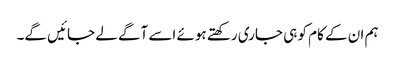
ہم ان کے کام کو ہی جاری رکھتے ہوئے اسے آگے لے جائیں گے۔